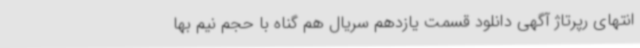
انتهای رپرتاژ آگهی دانلود قسمت یازدهم سریال هم گناه با حجم نیم بها